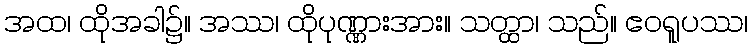
အထ၊ ထိုအခါ၌။ အဿ၊ ထိုပုဏ္ဏားအား။ သတ္ထာ၊ သည်။ ဧဝရူပဿ၊